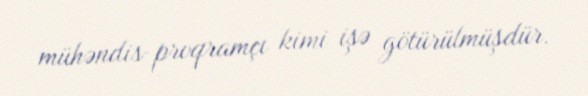
mühəndis-proqramçı kimi işə götürülmüşdür.